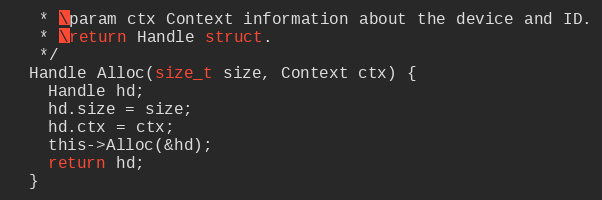
Language: C
   * \param ctx Context information about the device and ID.
   * \return Handle struct.
   */
  Handle Alloc(size_t size, Context ctx) {
    Handle hd;
    hd.size = size;
    hd.ctx = ctx;
    this->Alloc(&hd);
    return hd;
  }